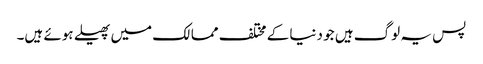
پس یہ لوگ ہیں جو دنیا کے مختلف ممالک میں پھیلے ہوئے ہیں۔